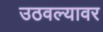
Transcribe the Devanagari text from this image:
उठवल्यावर